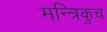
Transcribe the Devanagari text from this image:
मन्त्रिकुच